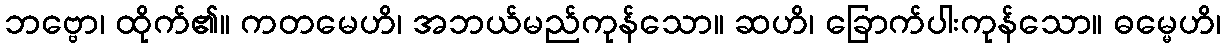
ဘဗ္ဗော၊ ထိုက်၏။ ကတမေဟိ၊ အဘယ်မည်ကုန်သော။ ဆဟိ၊ ခြောက်ပါးကုန်သော။ ဓမ္မေဟိ၊